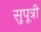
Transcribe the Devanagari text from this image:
सुपूत्री